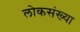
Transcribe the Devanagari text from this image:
लोकसंख्‍या